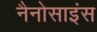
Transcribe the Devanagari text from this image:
नैनोसाइंस